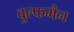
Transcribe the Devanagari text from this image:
वुल्फमैन